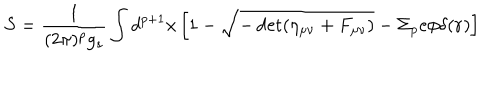
S = \frac { 1 } { ( 2 \pi ) ^ { p } g _ { s } } \int d ^ { p + 1 } x \left[ 1 - \sqrt { - \det ( \eta _ { \mu \nu } + F _ { \mu \nu } ) } - \Sigma _ { p } e \phi \delta ( { \bf r } ) \right]